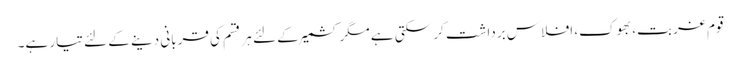
قوم غربت، بھوک، افلاس برداشت کر سکتی ہے مگر کشمیر کے لئے ہر قسم کی قربانی دینے کے لئے تیار ہے۔